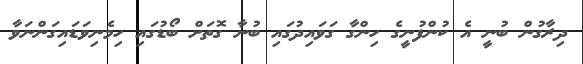
ދިރާގުން ބުނީ އެ ކުންފުނީގެ ހިންގާ ގަވައިދުގައި ބުނާ ގޮތަށް ބޯޑުގައި ހިމެނިވަޑައިގަންނަވާ